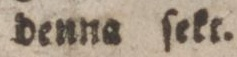
denna ſekt.